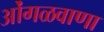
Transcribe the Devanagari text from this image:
ओंगळवाणा